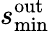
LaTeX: s_{\mathrm{min}}^{\mathrm{out}}